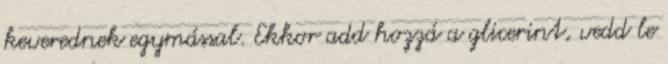
keverednek egymással. Ekkor add hozzá a glicerint, vedd le